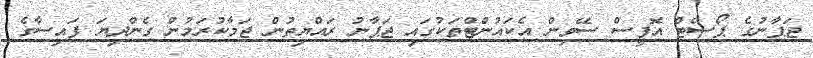
ޖަޕާނުގެ ޕޯސްޓް އޮފީސް ސޭވިން އެކައުންޓްތަކުގައި ޖަޕާނު ރައްޔިތުން ޖަމާކުރަމުން ގެންދިޔަ ފައިސާގެ